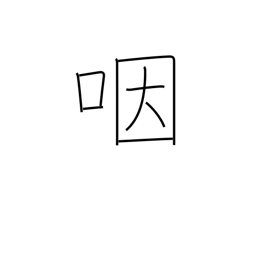
Meaning: throat